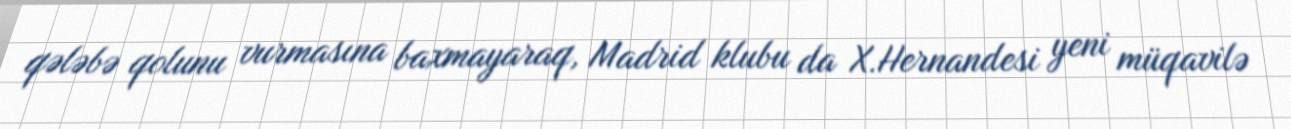
qələbə qolunu vurmasına baxmayaraq, Madrid klubu da X.Hernandesi yeni müqavilə